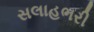
સલાહભરી